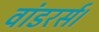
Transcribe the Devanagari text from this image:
वांडरर्स।